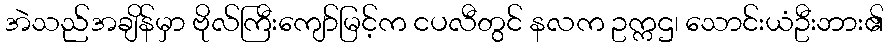
အဲသည်အချိန်မှာ ဗိုလ်ကြီးကျော်မြင့်က ငပလီတွင် နလက ဥက္ကဌ၊ သောင်းယံဦးဘား၏